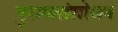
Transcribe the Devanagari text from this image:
पुराणसंशोधन